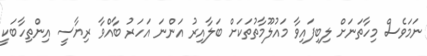
ނަމަވެސް މިހާތަނަށް ލިބިފައިވާ މައުލޫމާތުތަކަށް ބަލާއިރު އަންނަ އަހަރު ބާއްވާ ރިޔާސީ އިންތިހާބަކީ